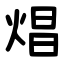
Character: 焻